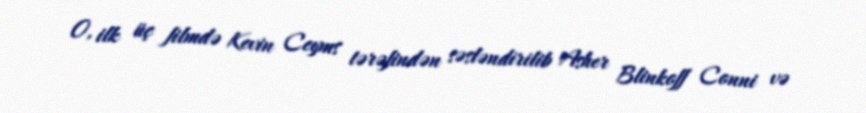
O, ilk üç filmdə Kevin Ceyms tərəfindən səsləndirilib Asher Blinkoff Conni və